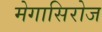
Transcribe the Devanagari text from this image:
मेगासिरोज